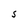
Character: S